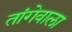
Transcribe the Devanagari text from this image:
तांगेवाला